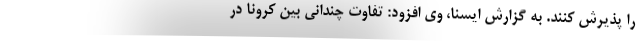
را پذیرش کنند. به گزارش ایسنا، وی افزود: تفاوت چندانی بین کرونا در